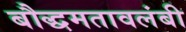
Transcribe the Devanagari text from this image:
बौद्धमतावलंबी